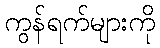
ကွန်ရက်များကို